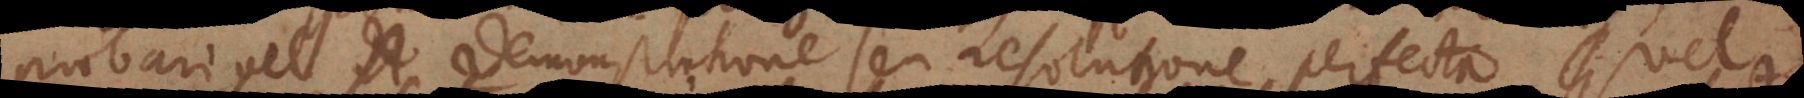
probari vel demonstratione seu resolutione perfecta, vel